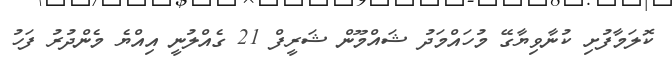
ކޮލަމާފުށި ކުނާވިޔާގޭ މުހައްމަދު ޝައްމޫން ޝަރީފް 21 ގެއްލުނީ އިއްޔެ މެންދުރު ފަހު